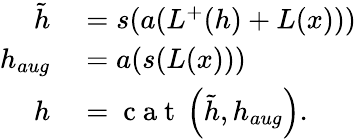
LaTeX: \begin{array}{rl}{\tilde{h}}&{{}=s(a(L^{+}(h)+L(x)))}\\ {h_{aug}}&{{}=a(s(L(x)))}\\ {h}&{{}=\mathrm{~c~a~t~}\left(\tilde{h},h_{aug}\right).}\end{array}